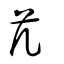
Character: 芁